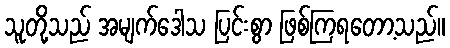
သူတို့သည် အမျက်ဒေါသ ပြင်းစွာ ဖြစ်ကြရတော့သည်။